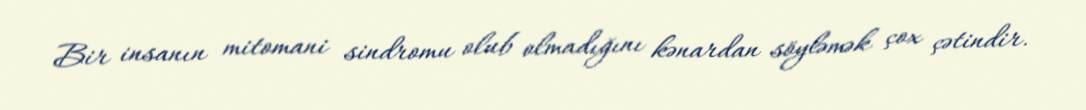
Bir insanın mitomani sindromu olub olmadığını kənardan söyləmək çox çətindir.